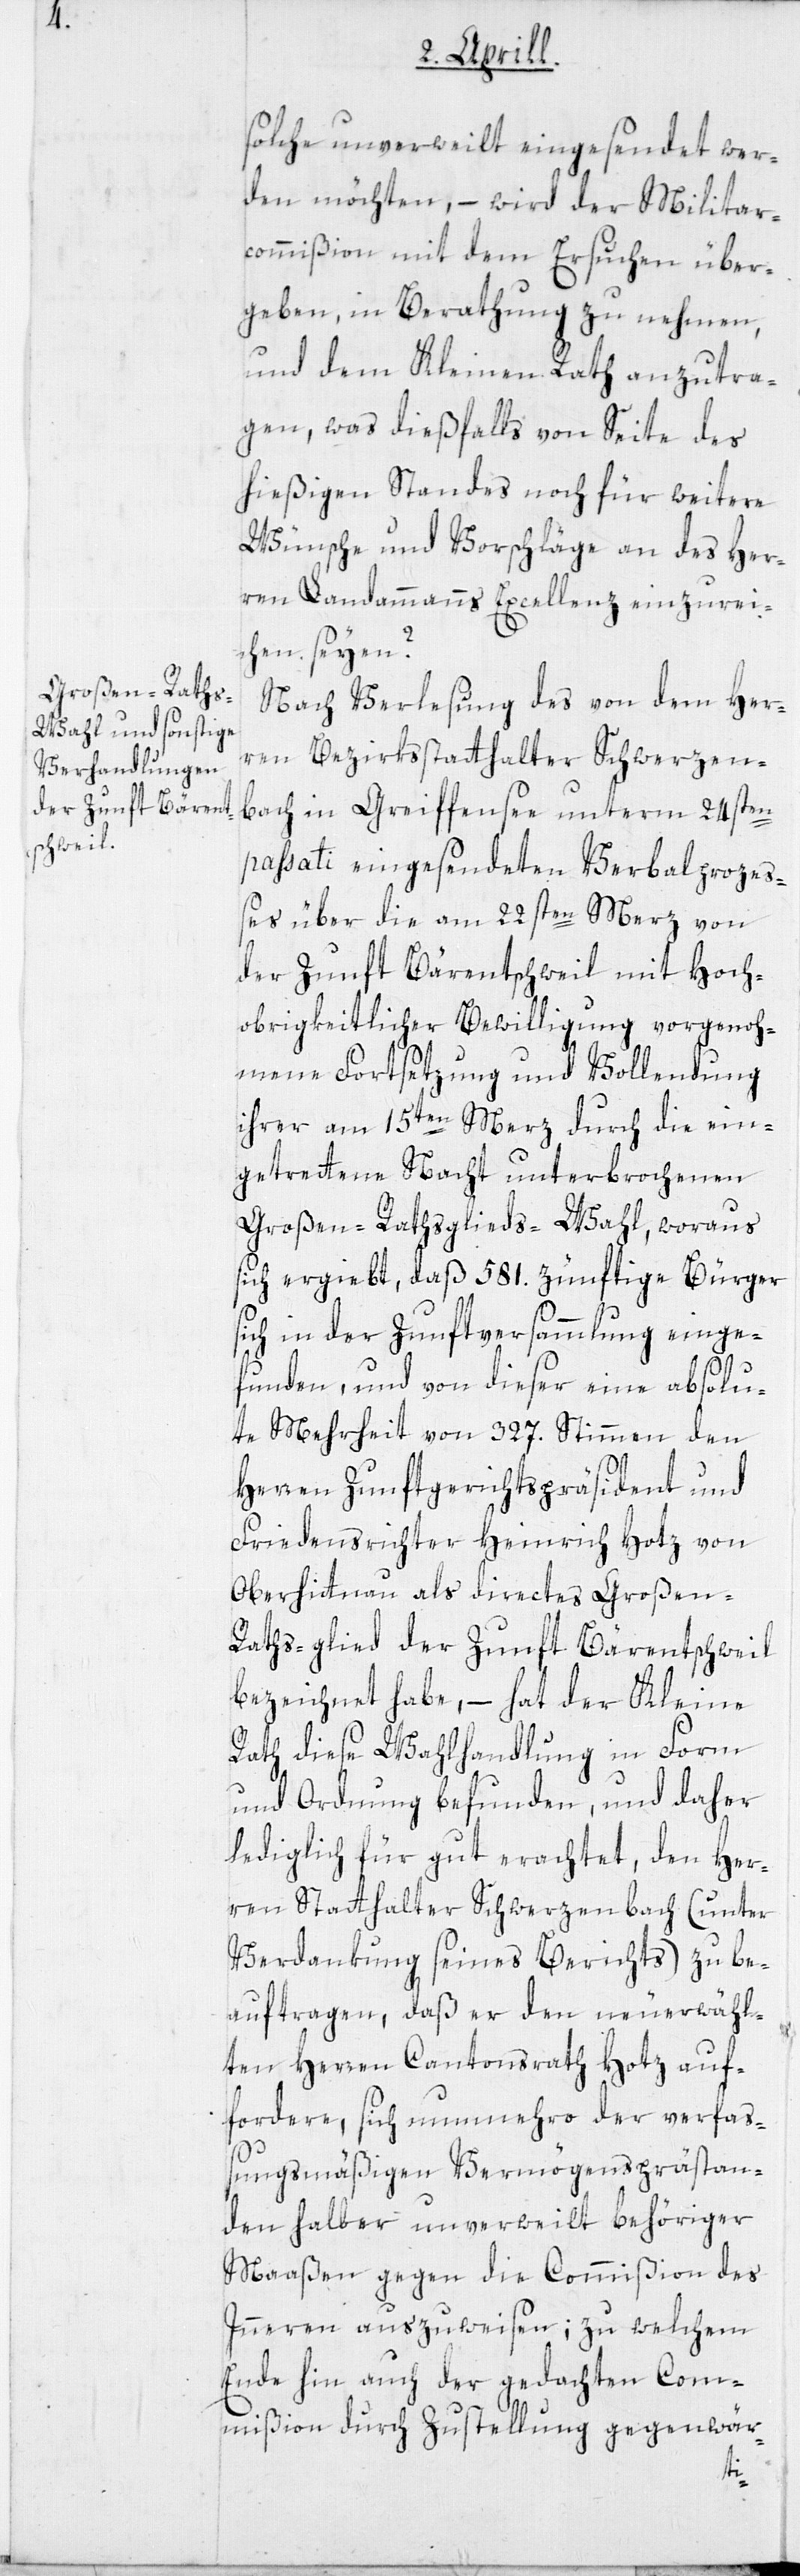
solche unverweilt eingesendet wer¬
den möchten, – wird der Militar¬
commißion mit dem Ersuchen über¬
geben, in Berathung zu nehmen,
und dem Kleinen Rath anzutra¬
gen, was dießfalls von Seite des
hießigen Standes noch für weitere
Wünsche und Vorschläge an des Her¬
ren Landammanns Excellenz einzurei¬
chen seyen?
Nach Verlesung des von dem Her¬
ren Bezirksstatthalter Schwerzen¬
bach in Greifensee unterm 24sten
passati eingesendeten Verbalprozes¬
ses über die am 22sten Merz von
der Zunft Bärentschweil mit Hoch¬
obrigkeitlicher Bewilligung vorgenoh¬
mene Fortsetzung und Vollendung
ihrer am 15ten Merz durch die ein¬
getretene Nacht unterbrochenen
Großen-Rathsglieds-Wahl, woraus
sich ergiebt, daß 581. zünftige Bürger
ich in der Zunftversammlung einge¬
funden, und von dieser eine absolu¬
te Mehrheit von 327. Stimmen den
Herren Zunftgerichtspräsident und
Friedensrichter Heinrich Hotz von
Oberhittnau als directes Großen-R¬
athsglied der Zunft Bärentschweil
bezeichnet habe, – hat der Kleine
Rath diese Wahlhandlung in Form
und Ordnung befunden, und daher
lediglich für gut erachtet, den Her¬
ren Statthalter Schwerzenbach (unter
Verdankung seines Berichts) zu be¬
auftragen, daß er den neuerwähl¬
ten Herren Cantonsrath Hotz auf¬
fordere, sich nunmehro der verfas¬
sungsmäßigen Vermögensprästan¬
den halber unverweilt behöriger
Maaßen gegen die Commißion des
Inneren auszuweisen; zu welchem
Ende hin auch der gedachten Com¬
mißion durch Zustellung gegenwär-
s¬